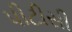
પીટીસી